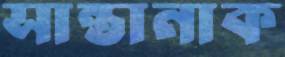
সান্তানাক